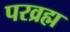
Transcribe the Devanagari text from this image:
परव्रह्म